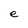
Character: e